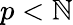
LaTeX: p<\mathbb{N}